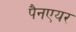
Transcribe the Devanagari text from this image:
पैनएयर